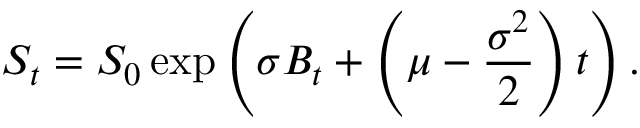
S _ { t } = S _ { 0 } \exp \left( \sigma B _ { t } + \left( \mu - { \frac { \sigma ^ { 2 } } { 2 } } \right) t \right) .